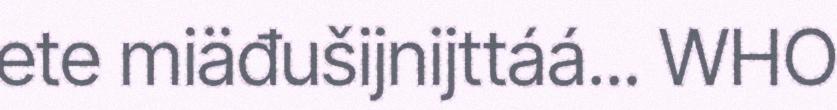
ete miäđušijnijttáá... WHO